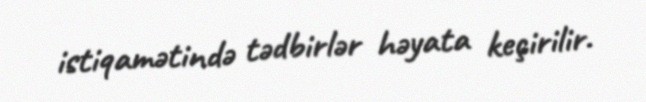
istiqamətində tədbirlər həyata keçirilir.